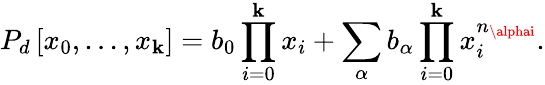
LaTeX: P_{d}\left[x_{0},...,x_{\mathbf{k}}\right]=b_{0}\prod_{i=0}^{\mathbf{k}}x_{i}+\sum_{\alpha}b_{\alpha}\prod_{i=0}^{\mathbf{k}}x_{i}^{n_{\alphai}}.